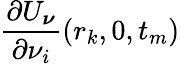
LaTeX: {\frac{\partial U_{\boldsymbol\nu}}{\partial\nu_{i}}}(r_{k},0,t_{m})